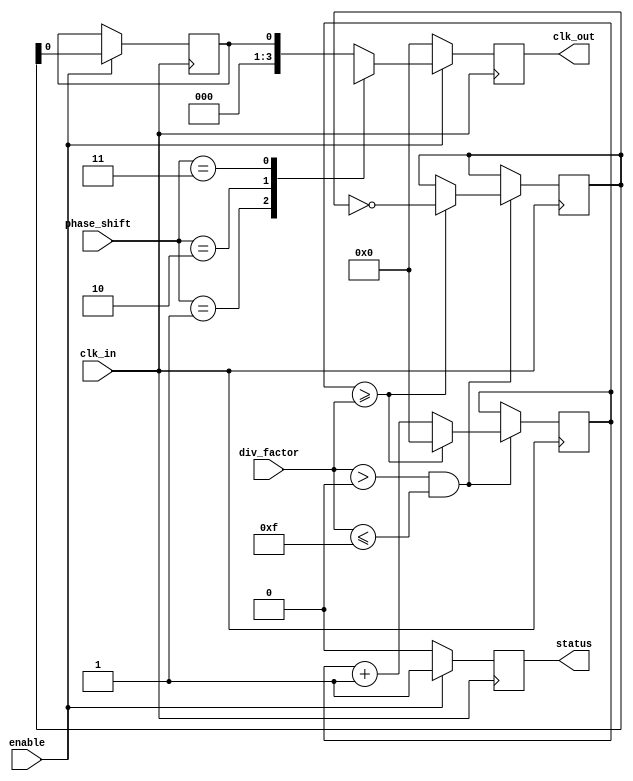
module programmable_clock_buffer (
    input wire clk_in,                   // Input clock signal
    input wire [3:0] div_factor,         // Programmable division factor (1 to 15)
    input wire [2:0] phase_shift,        // Programmable phase shift (0 to 7, representing clock cycles)
    input wire enable,                   // Enable signal for the output clocks
    output reg [3:0] clk_out,            // Buffered output clock signals
    output reg status                    // Status indicator
);

    reg [3:0] clk_div_counter;            // Counter for clock division
    reg [2:0] phase_counter;              // Counter for phase shift
    reg [3:0] divided_clocks;             // Holds divided clock values
    reg clk_temp;                         // Temporary clock signal for phase adjustment

    // Initialization
    initial begin
        clk_out = 4'b0000;                // Initialize output clock signals to low
        status = 1'b0;                    // Status indicator off
        clk_div_counter = 4'b0000;        // Initialize division counter
        phase_counter = 3'b000;           // Initialize phase counter
        divided_clocks = 4'b0000;         // Initialize divided clocks
    end

    // Clock division logic
    always @(posedge clk_in) begin
        // Division by div_factor
        if (div_factor > 0 && div_factor <= 15) begin
            clk_div_counter <= clk_div_counter + 1;
            if (clk_div_counter >= div_factor) begin
                clk_div_counter <= 4'b0000;
                divided_clocks <= ~divided_clocks; // Toggle divided clocks
            end
        end
    end

    // Clock output and phase adjustment
    always @(posedge clk_in) begin
        // Adjust phase of output clocks
        if (enable) begin
            clk_temp <= divided_clocks;

            // Implement phase shift
            case (phase_shift)
                3'b000: clk_out <= clk_temp;                          // No phase shift
                3'b001: clk_out <= {clk_temp[0], clk_temp[3:1]};   // Shift 1 position
                3'b010: clk_out <= {clk_temp[1:0], clk_temp[3:2]}; // Shift 2 positions
                3'b011: clk_out <= {clk_temp[2:0], clk_temp[3]};    // Shift 3 positions
                // Additional phases could be added here.
                default: clk_out <= clk_temp;                       // Default case
            endcase
            status <= 1'b1; // Indicate that outputs are active
        end else begin
            clk_out <= 4'b0000; // Disable outputs
            status <= 1'b0;     // Indicate that outputs are inactive
        end
    end

endmodule